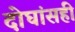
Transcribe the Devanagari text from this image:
दोघांसही